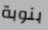
بنوبة